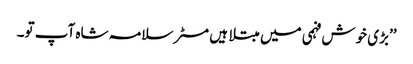
’’بڑی خوش فہمی میں مبتلا ہیں مسٹر سلامہ شاہ آپ تو۔